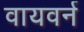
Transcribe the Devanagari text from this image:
वायवर्न